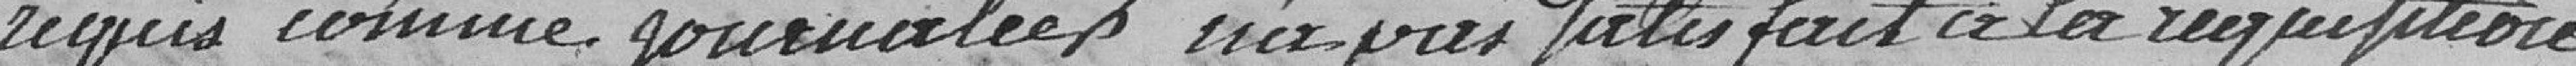
requis comme journalier n'a pas satisfait à la réquisition